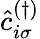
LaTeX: \hat{c}_{i\sigma}^{(\dagger)}